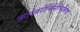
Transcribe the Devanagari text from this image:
कादंबरीनिर्मितिप्रक्रिया